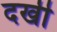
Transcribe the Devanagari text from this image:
दखी